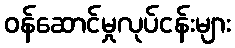
ဝန်ဆောင်မှုလုပ်ငန်းများ